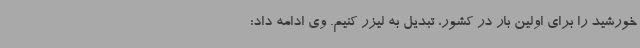
خورشید را برای اولین بار در کشور، تبدیل به لیزر کنیم. وی ادامه داد: